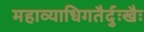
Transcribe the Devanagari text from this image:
महाव्याधिगतैर्दुःखैः